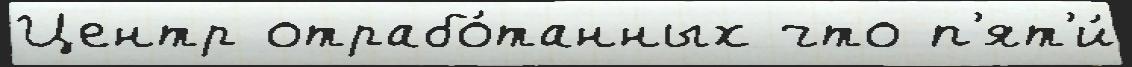
Центр отрабо́танных что п'ят'и́